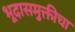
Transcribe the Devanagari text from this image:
भूदासमुक्तीचा